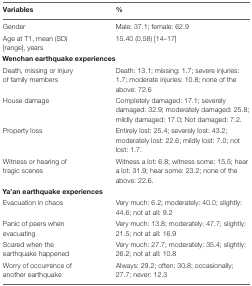
| Variables | % |
 | --- | --- |
 | Gender | Male: 37.1; female: 62.9 |
 | Age at T1, mean (SD) [range], years | 15.40 (0.58) [14–17] |
 | <COLSPAN=2> Wenchan earthquake experiences |
 | Death, missing or injury of family members | Death: 13.1; missing: 1.7; severe injuries: 1.7; moderate injuries: 10.8; none of the above: 72.6 |
 | House damage | Completely damaged: 17.1; severely damaged: 32.9; moderately damaged: 25.8; mildly damaged: 17.0; Not damaged: 7.2. |
 | Property loss | Entirely lost: 25.4; severely lost: 43.2; moderately lost: 22.6; mildly lost: 7.0; not lost: 1.7. |
 | Witness or hearing of tragic scenes | Witness a lot: 6.8; witness some: 15.5; hear a lot: 31.9; hear some: 23.2; none of the above: 22.6. |
 | <COLSPAN=2> Ya’an earthquake experiences |
 | Evacuation in chaos | Very much: 6.2; moderately: 40.0; slightly: 44.6; not at all: 9.2 |
 | Panic of peers when evacuating | Very much: 13.8; moderately: 47.7; slightly: 21.5; not at all: 16.9 |
 | Scared when the earthquake happened | Very much: 27.7; moderately: 35.4; slightly: 26.2; not at all: 10.8 |
 | Worry of occurrence of another earthquake | Always: 29.2; often: 30.8; occasionally; 27.7; never: 12.3 |